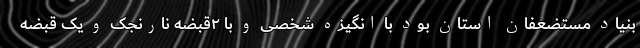
بنیاد مستضعفان استان بود با انگیزه شخصی و با ۲قبضه نارنجک و یک قبضه